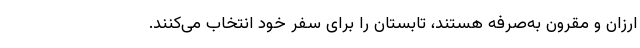
ارزان و مقرون‌ به‌صرفه هستند، تابستان را برای سفر خود انتخاب می‌کنند.